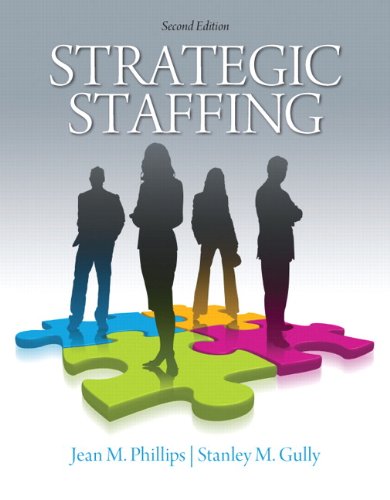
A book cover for Strategic Staffing (2nd Edition); Jean M. Phillips; Business & Money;